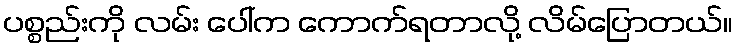
ပစ္စည်းကို လမ်း ပေါ်က ကောက်ရတာလို့ လိမ်ပြောတယ်။